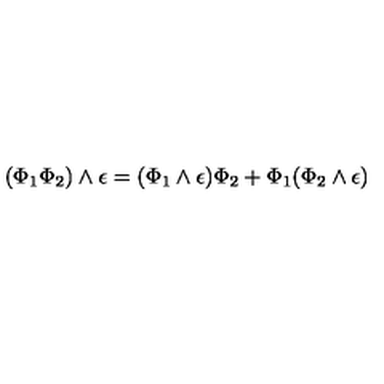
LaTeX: ( \Phi _ { 1 } \Phi _ { 2 } ) \wedge \epsilon = ( \Phi _ { 1 } \wedge \epsilon ) \Phi _ { 2 } + \Phi _ { 1 } ( \Phi _ { 2 } \wedge \epsilon )